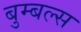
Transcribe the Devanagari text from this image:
बुम्बल्स